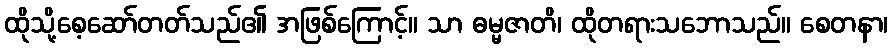
ထိုသို့စေ့ဆော်တတ်သည်၏ အဖြစ်ကြောင့်။ သာ ဓမ္မဇာတိ၊ ထိုတရားသဘောသည်။ စေတနာ၊